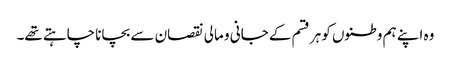
وہ اپنے ہم وطنوں کو ہر قسم کے جانی و مالی نقصان سے بچانا چاہتے تھے۔